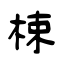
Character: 梀